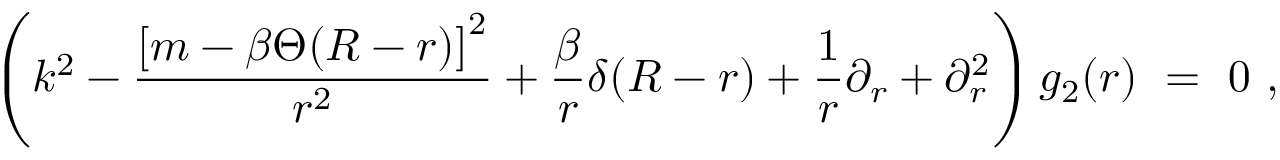
\left( k ^ { 2 } - \frac { \left[ m - \beta \Theta ( R - r ) \right] ^ { 2 } } { r ^ { 2 } } + \frac { \beta } { r } \delta ( R - r ) + \frac 1 r \partial _ { r } + \partial _ { r } ^ { 2 } \right) g _ { 2 } ( r ) \ = \ 0 \ ,